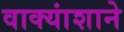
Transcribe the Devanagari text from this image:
वाक्यांशाने